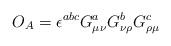
LaTeX: \begin{align*}O_A=\epsilon^{abc}G^a_{\mu\nu}G^b_{\nu\rho}G^c_{\rho\mu}\end{align*}